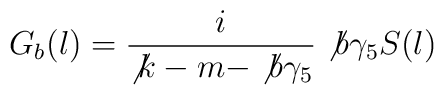
G_{b}(l)=\frac{i}{\not{k}-m-\not{b}\gamma_{5}} \not{b}\gamma_{5}S(l)